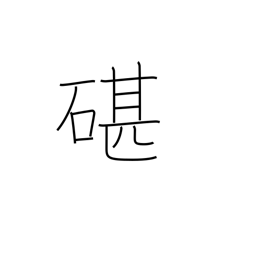
Meaning: an anvil